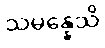
သမန္နေသိ